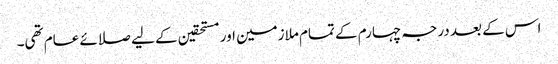
اس کے بعد درجہ چہارم کے تمام ملازمین اور مستحقین کے لیے صلائے عام تھی۔